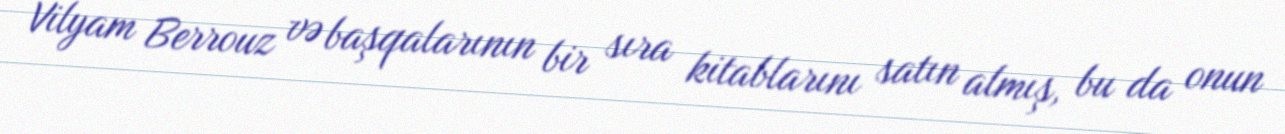
Vilyam Berrouz və başqalarının bir sıra kitablarını satın almış, bu da onun